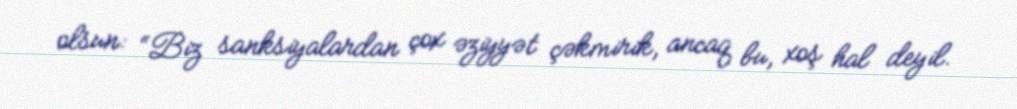
olsun: “Biz sanksiyalardan çox əziyyət çəkmirik, ancaq bu, xoş hal deyil.